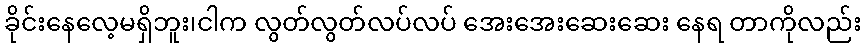
ခိုင်းနေလေ့မရှိဘူး၊ငါက လွတ်လွတ်လပ်လပ် အေးအေးဆေးဆေး နေရ တာကိုလည်း